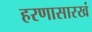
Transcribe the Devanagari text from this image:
हरणासारखं